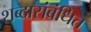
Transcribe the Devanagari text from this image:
शब्दासंबंधित